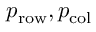
p _ { \mathrm { r o w } } , p _ { \mathrm { c o l } }